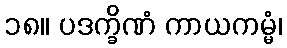
၁၈။ ပဒက္ခိဏံ ကာယကမ္မံ၊